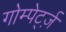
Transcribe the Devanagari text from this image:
गोम्पेर्ट्ज़